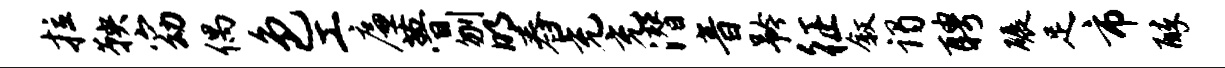
拉鞅窈偶色工廉瞢刎明舂充充潜音矜征叙谒聘碾足市醉